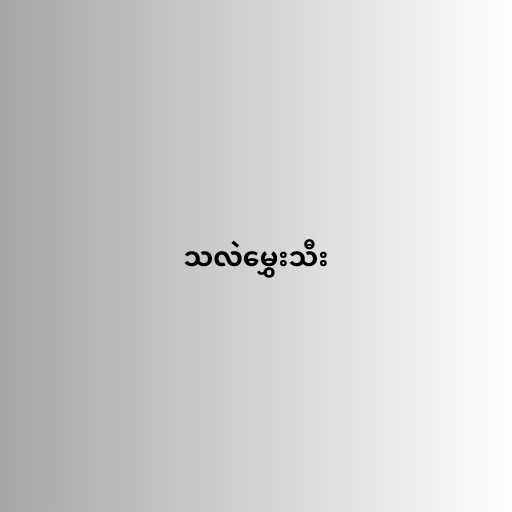
သလဲမွှေးသီး